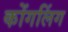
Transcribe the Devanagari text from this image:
कोंगलिंग